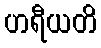
ဟရီယတိ